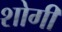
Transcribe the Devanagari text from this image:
शोगी